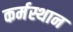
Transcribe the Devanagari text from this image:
कर्मस्थान